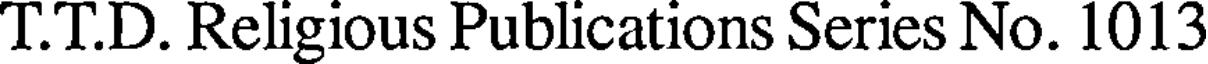
T.T.D. Religious Publications Series No. 1013